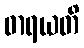
ဓာရယတိ